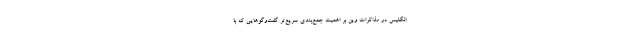
انگلیس در مذاکرات وین بر اهمیت جمع‌بندی سریع‌تر گفت‌وگوهایی که با